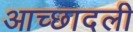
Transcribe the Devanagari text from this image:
आच्छादली